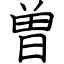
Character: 曽